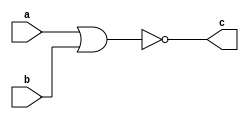
// Code your design here
module nor_gate(
  input a,b,
  output c);
  nor (c,a,b);
endmodule